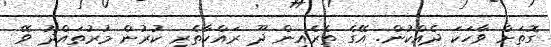
ގޮތަށް ވާހަކަ ދެއްކުން. އޭގެ ތެރެއިން ދޫ ރައްކާތެރި ކުރުން މުރުތައްދު ވޭ